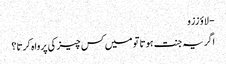
- لاؤ ززو
اگر یہ جنت ہوتا تو میں کس چیز کی پرواہ کرتا؟